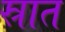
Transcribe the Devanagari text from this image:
स्रात